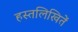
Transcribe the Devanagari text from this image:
हस्तलिखितें